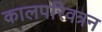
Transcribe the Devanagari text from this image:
कालपरिवत्रन